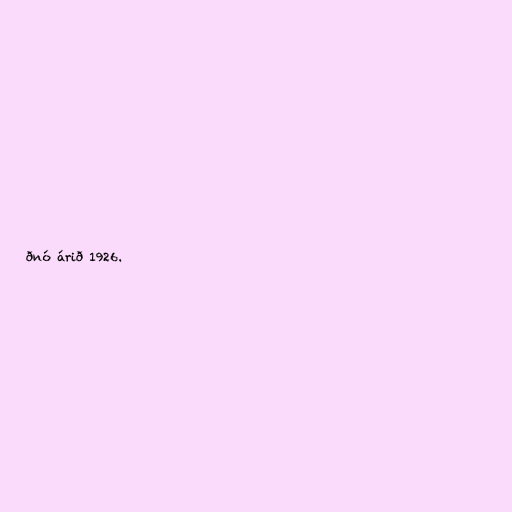
ðnó árið 1926.